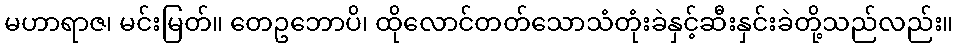
မဟာရာဇ၊ မင်းမြတ်။ တေဥဘောပိ၊ ထိုလောင်တတ်သောသံတုံးခဲနှင့်ဆီးနှင်းခဲတို့သည်လည်း။